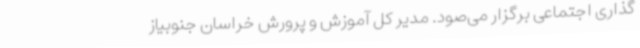
گذاری اجتماعی برگزار می‌صود. مدیر کل آموزش و پرورش خراسان جنوبیاز